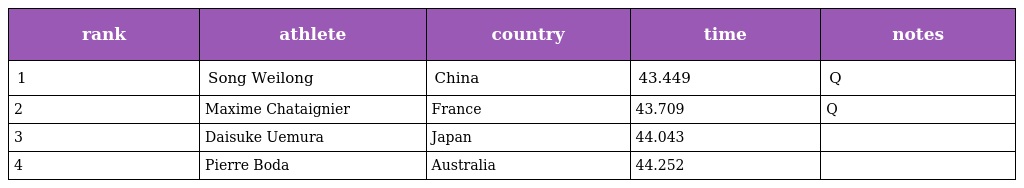
| rank | athlete | country | time | notes |
 | --- | --- | --- | --- | --- |
 | 1 | Song Weilong | China | 43.449 | Q |
 | 2 | Maxime Chataignier | France | 43.709 | Q |
 | 3 | Daisuke Uemura | Japan | 44.043 |  |
 | 4 | Pierre Boda | Australia | 44.252 |  |